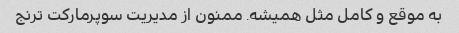
به موقع و کامل مثل همیشه. ممنون از مدیریت سوپرمارکت ترنج